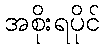
အစိုးရပိုင်